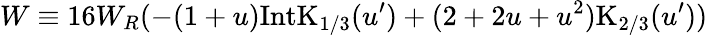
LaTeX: W\equiv 16W_{R}(-(1+u)\mathrm{IntK}_{1/3}(u^{\prime})+(2+2u+u^{2})\mathrm{K}_{2/3}(u^{\prime}))